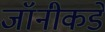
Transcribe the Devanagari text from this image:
जॉनीकडे